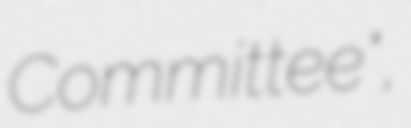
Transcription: Committee",